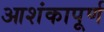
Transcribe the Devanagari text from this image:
आशंकापूर्ण